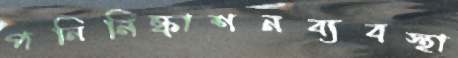
পনিনিষ্কাশনব্যবস্থা